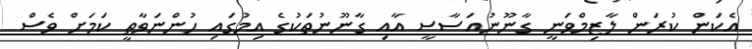
އެކަން ކުރަން ލާޒިމްވަނީ ގާނޫނުއަސާސީ އާއި ގާނޫނުތަކުގެ އިމުގައި ހުންނަވާތީ ކަމަށް ވެސް